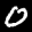
Label: 0